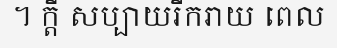
។ ក្តី សប្បាយរីករាយ ពេល